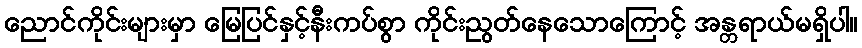
ညောင်ကိုင်းများမှာ မြေပြင်နှင့်နီးကပ်စွာ ကိုင်းညွတ်နေသောကြောင့် အန္တရာယ်မရှိပါ။